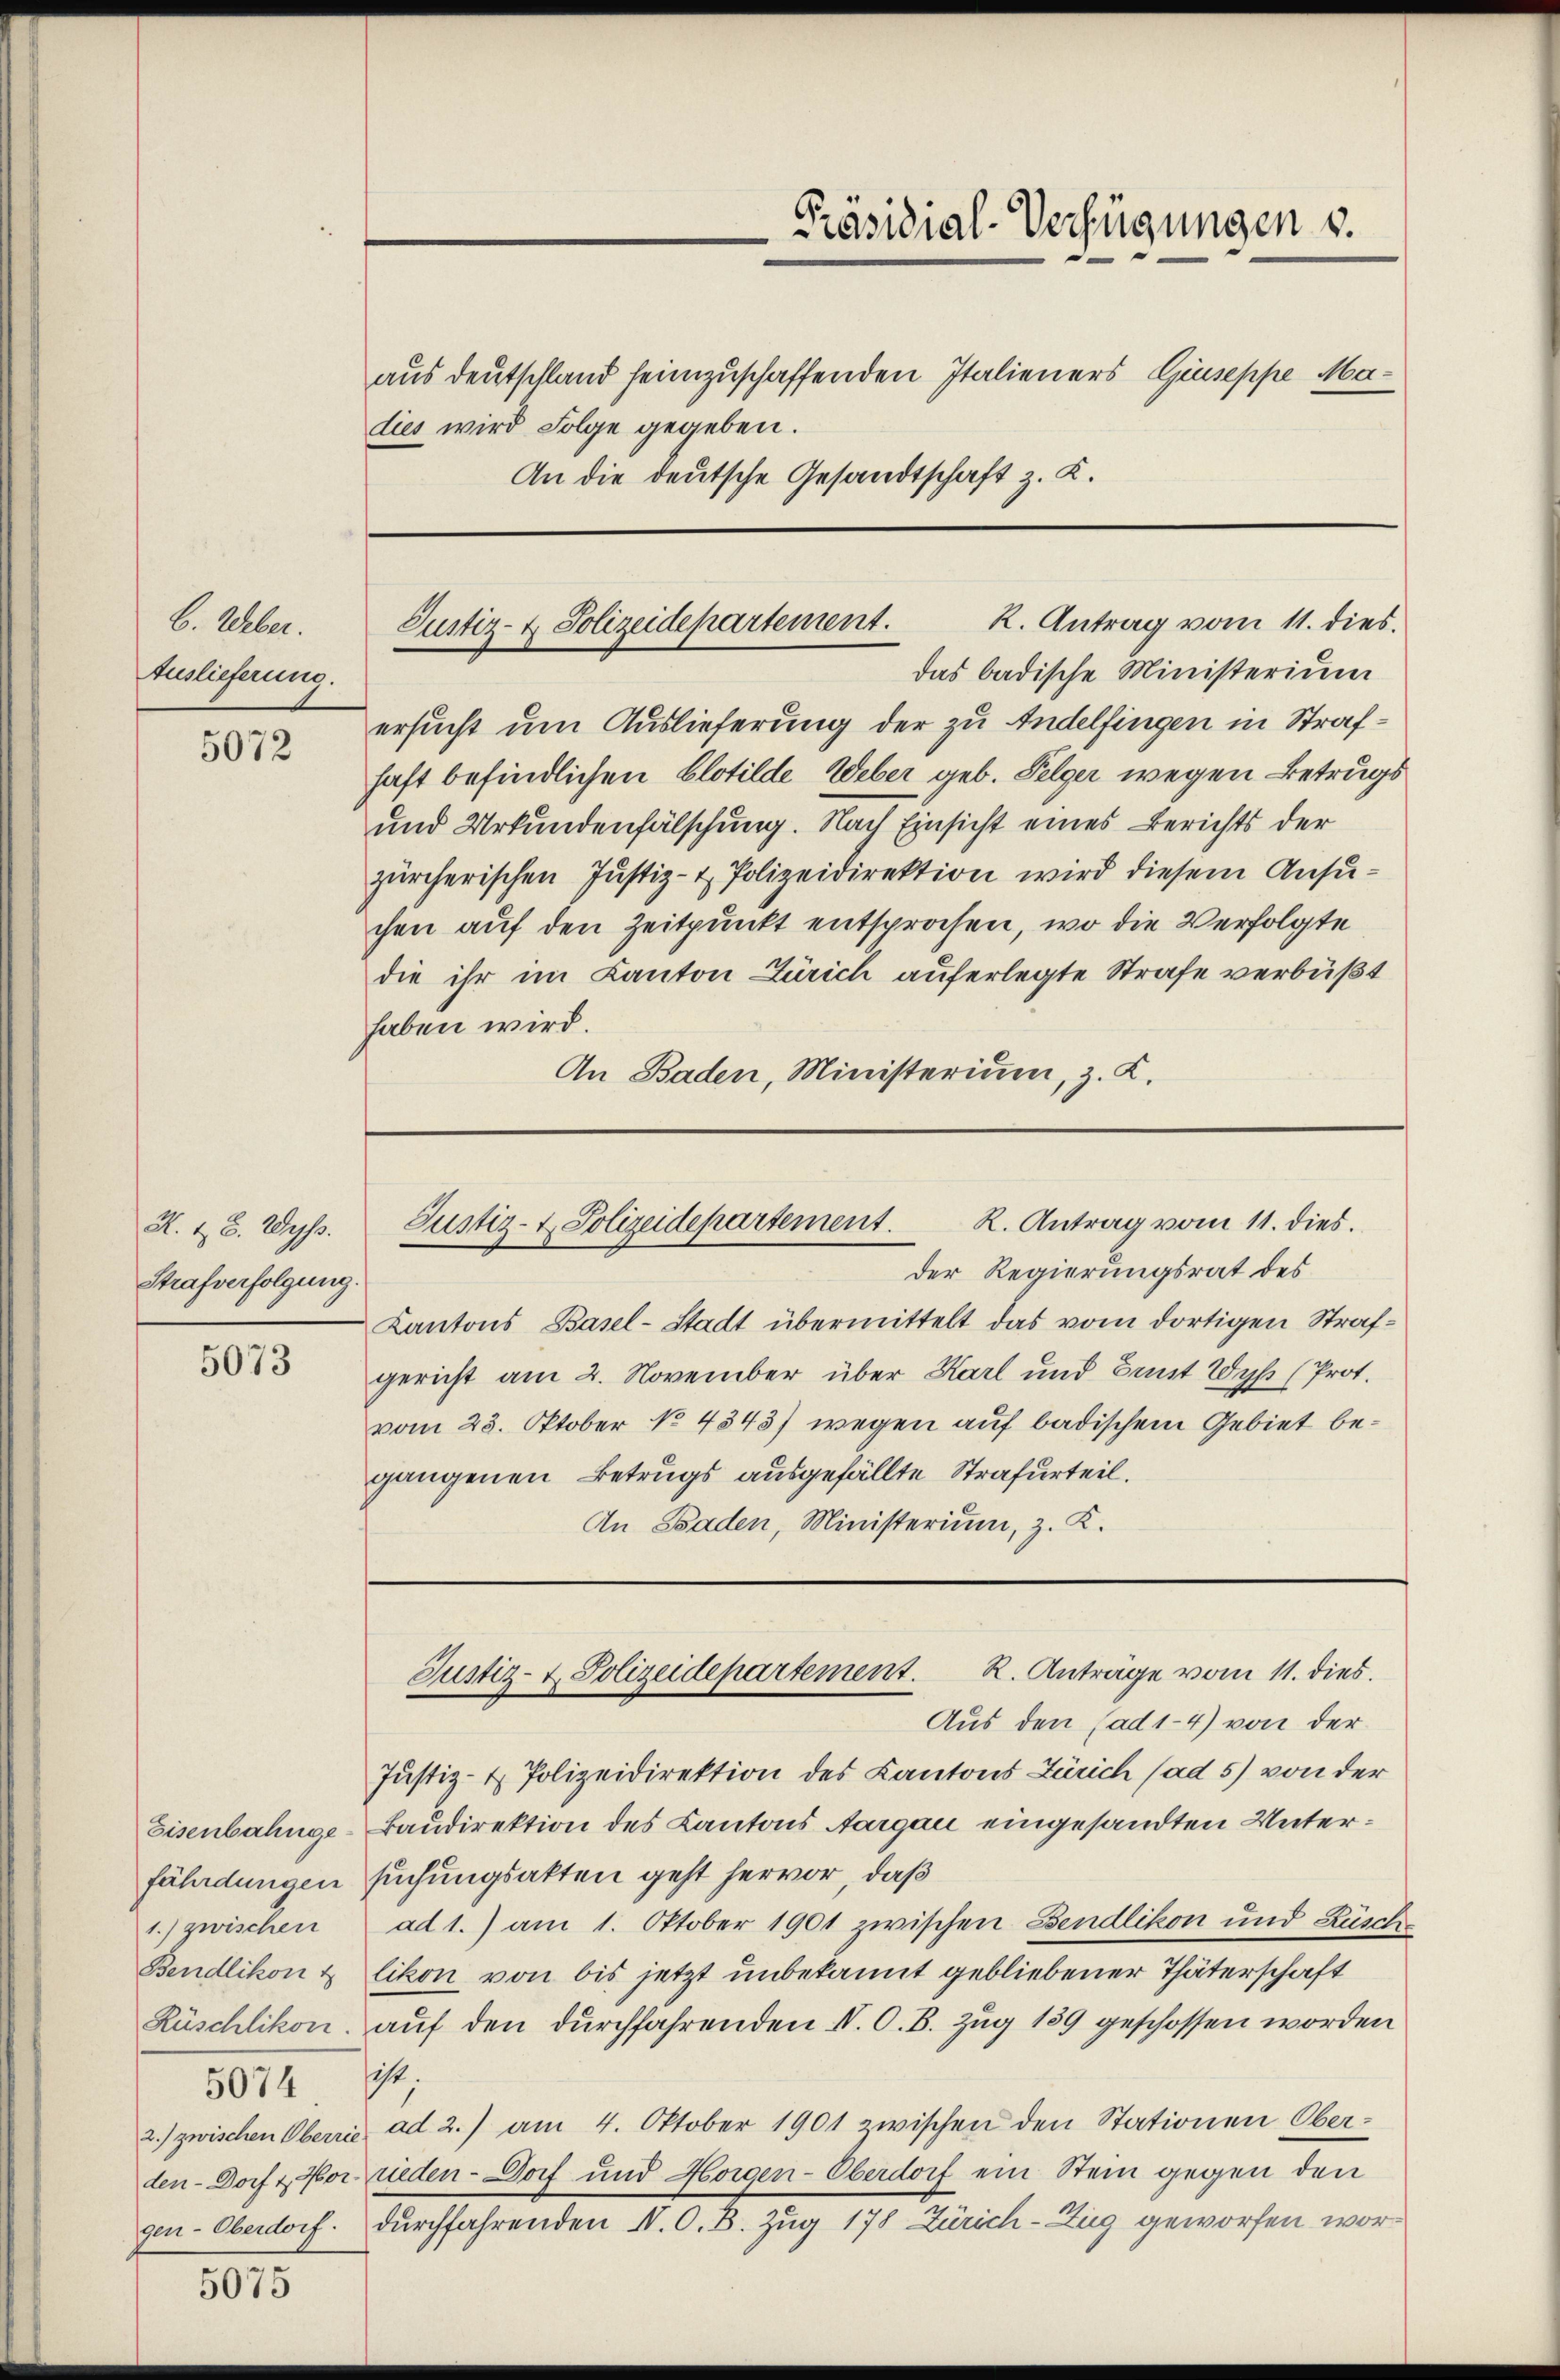
6. Alber.
Auslieferung.

5072

N. 28. Wyss.
Strafverfolgung.

5073

1.) zwischen
5074

5075

das badische Ministerium
ersucht um Auslieferung der zu Andelfingen in Strafhaft befindlichen Clotilde Weber geb. Pelger wegen Betrugs
und Urkundenfälschung. Nach Einsicht eines Berichts der
zürcherischen Justiz- & Polizeidirektion wird diesem Ansuchen auf den Zeitpunkt entsprochen, wo die Verfolgte
die ihr im Kanton Zürich auferlegte Strafe verbüßt
haben wird.
An Baden, Ministerium, z. K.

aus deutschland heimzuschaffenden Italieners Giuseppe Madies wird Folge gegeben.
An die deutsche Gesandtschaft z. K.

Präsidial-Verfügungen v.

R. Antrag vom 11. dies
Justiz- & Polizeidepartement.

Der Regierungsrat des
Kantons Basel-Stadt übermittelt das vom dortigen Strafgericht am 2. November über Karl und Bant Wyß (Prot.
vom 23. Oktober No 4343) wegen auf badischem Gebiet begangenen Betrugs ausgefällte Strafurteil.
An Ssaden, Ministerium, z. K.

Justiz- & Polizeidepartement. K. Antrag vom 11. dies.

Justiz- & Polizeidepartement. K. Anträge vom 11. dies.

Aus den (ad1-4) von der
Justiz- & Polizeidirektion des Kantons Zürich (ad 5) von der
Eisenbahnge-Baudirektion des Kantons Aargau eingesandten Unterfährdungen suchungsakten geht hervor, daß
ad 1.) am 1. Oktober 1901 zwischen Bendlikon und Rüsche
Bendlikon & likon von bis jetzt unbekannt gebliebener Thäterschaft
Rüschlikon, auf den durchfahrenden IV. O. B. Zug 189 geschossen worden
scht,
2.) zwischen Oberri ad 2.) am 4. Oktober 1901 zwischen den Stationen Ober-
den- Dorf & Vorrieden- Dorf und Horgen-Oberdorf ein Stein gegen den
gen-Oberdorf. Durchfahrenden N. O. B. Zug 178 Zürich-Zug geworfen wor¬